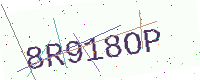
Text: 8R918OP